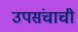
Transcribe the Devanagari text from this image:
उपसंचाची